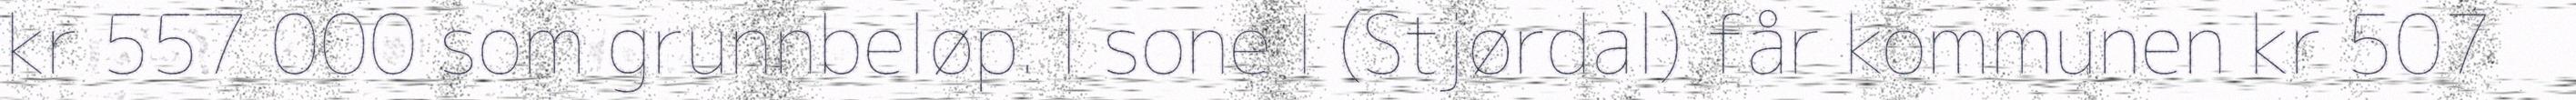
kr 557 000 som grunnbeløp. I sone I (Stjørdal) får kommunen kr 507